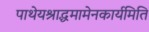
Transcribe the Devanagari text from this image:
पाथेयश्राद्धमामेनकार्यमिति